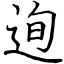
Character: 迿